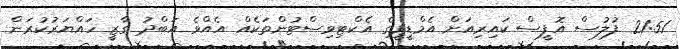
21:51 ފުލުސް އޮފީސް ކައިރިއަށް އެމްޑީޕީގެ އެކްޓިވިސްޓުންތަކެއް އެއްވެ އަބްދު ގާޒީ ހައްޔަރުކުރަން